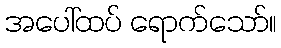
အပေါ်ထပ် ရောက်သော်။